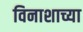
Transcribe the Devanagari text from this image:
विनाशाच्या